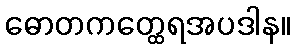
ဓောတကတ္ထေရအပဒါန။